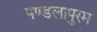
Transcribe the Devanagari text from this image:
पण्डलापुरम